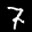
Label: 7